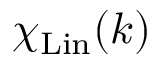
\chi _ { \mathrm { L i n } } ( k )